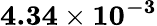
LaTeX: \mathbf{4.34\times 10^{-3}}